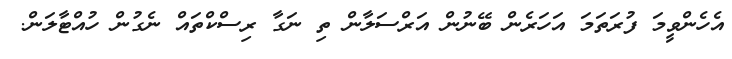
އެހެންވީމަ ފުރަތަމަ އަހަރެން ބޭނުން އަރްސަލާން ތި ނަގާ ރިސްކްތައް ނެގުން ހުއްޓާލަން.